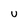
Character: U